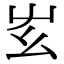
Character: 𡴁